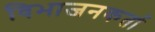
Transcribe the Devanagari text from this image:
विभाजनकर्ता